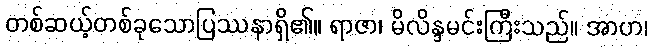
တစ်ဆယ့်တစ်ခုသောပြဿနာရှိ၏။ ရာဇာ၊ မိလိန္ဒမင်းကြီးသည်။ အာဟ၊